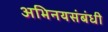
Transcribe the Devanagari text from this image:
अभिनयसंबंधी